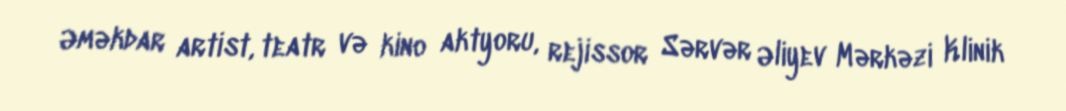
Əməkdar artist, teatr və kino aktyoru, rejissor Sərvər Əliyev Mərkəzi Klinik